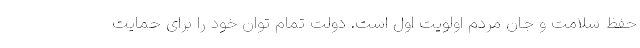
حفظ سلامت و جان مردم اولویت اول است. دولت تمام توان خود را برای حمایت